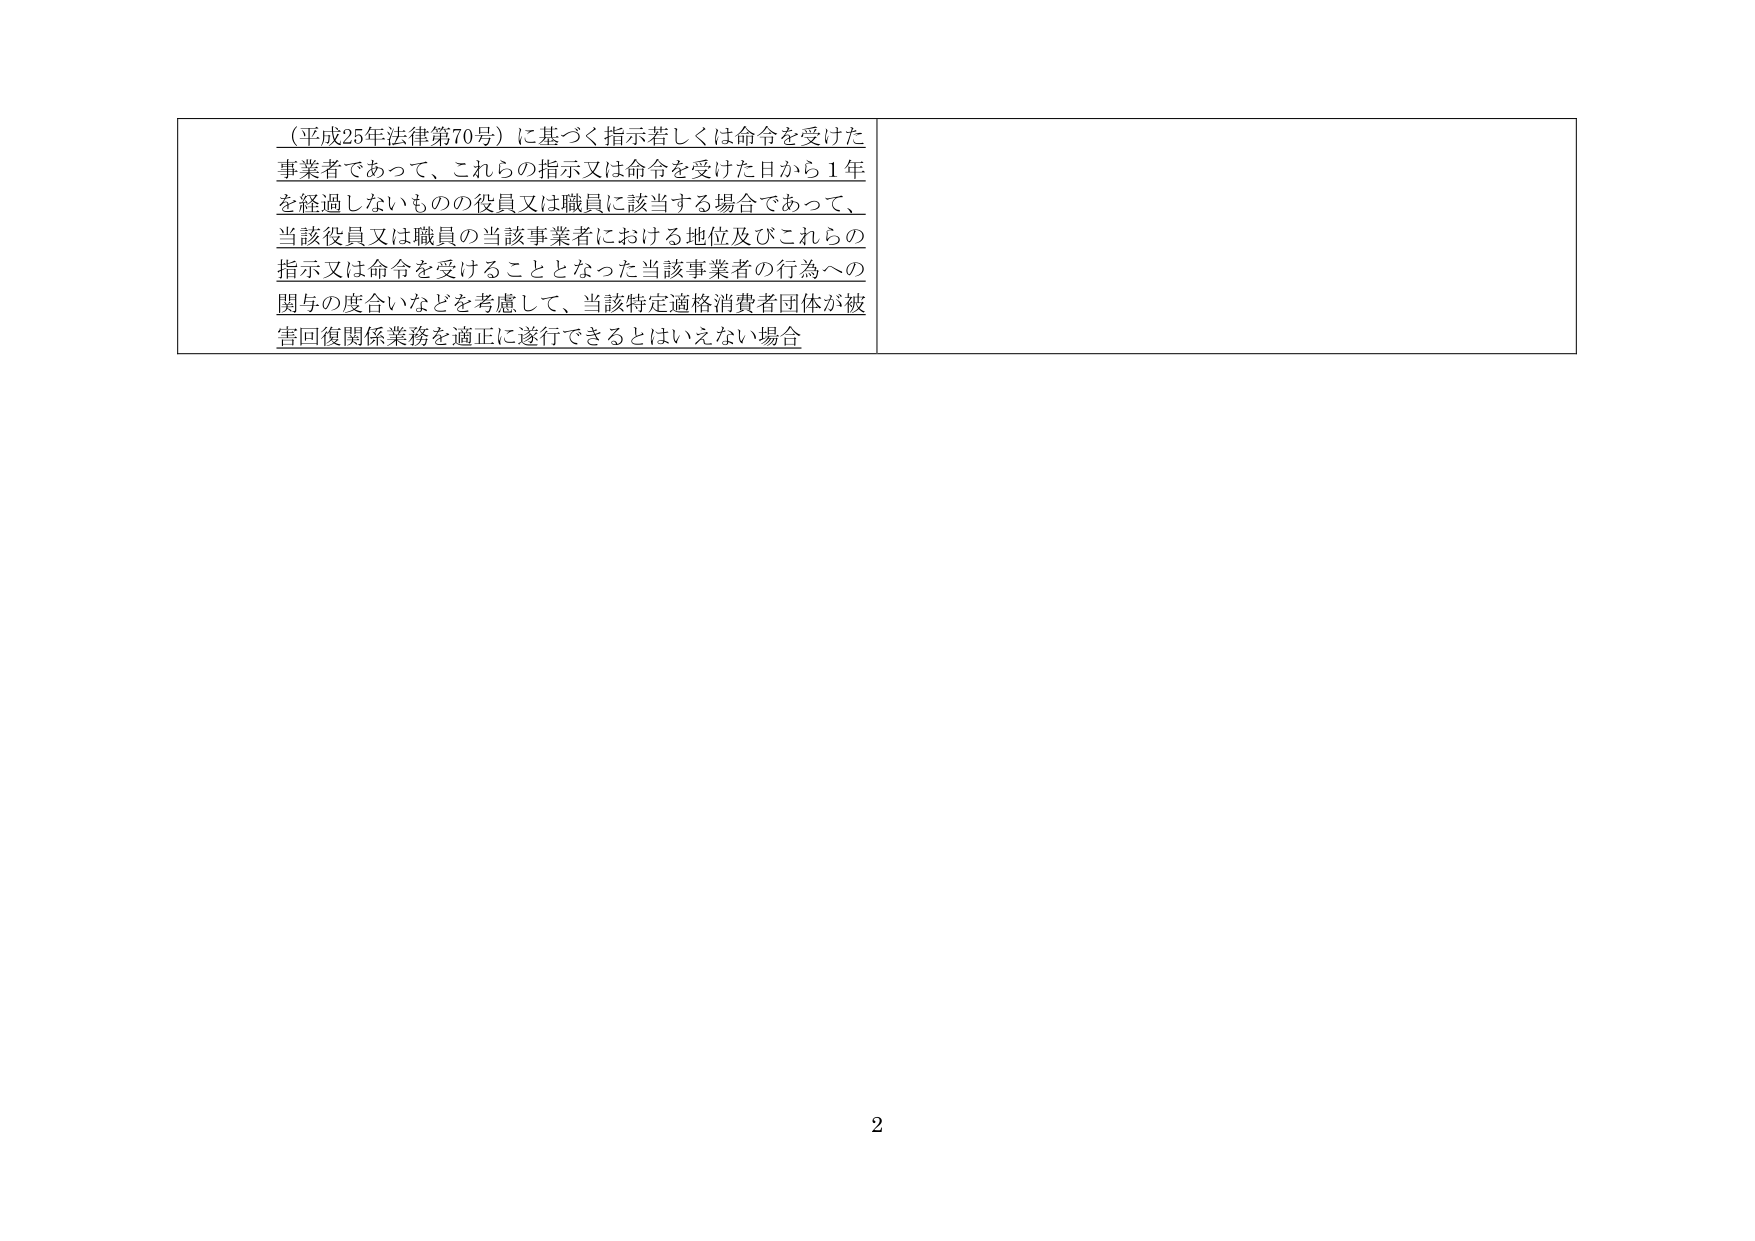
（平成25年法律第70号）に基づく指示若しくは命令を受けた事業者であって、これらの指示又は命令を受けた日から１年を経過しないものの役員又は職員に該当する場合であって、当該役員又は職員の当該事業者における地位及びこれらの指示又は命令を受けることとなった当該事業者の行為への関与の度合いなどを考慮して、当該特定適格消費者団体が被害回復関係業務を適正に遂行できるとはいえない場合